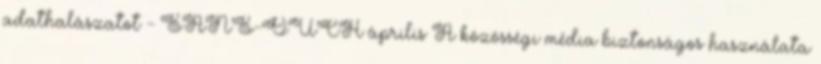
adathalászatot - SANS-OUCH április A közösségi média biztonságos használata